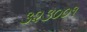
૩૨૩૦૦૧